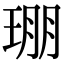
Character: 㻚